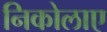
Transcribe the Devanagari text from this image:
निकोलाए